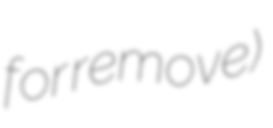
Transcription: for remove)